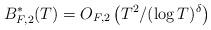
LaTeX: \begin{align*} B^*_{F,2}(T) = O_{F,2} \left(T^{2}/ (\log T)^{\delta} \right) \end{align*}